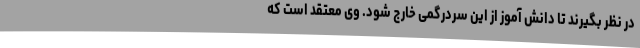
در نظر بگیرند تا دانش آموز از این سردرگمی خارج شود. وی معتقد است که